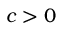
c > 0